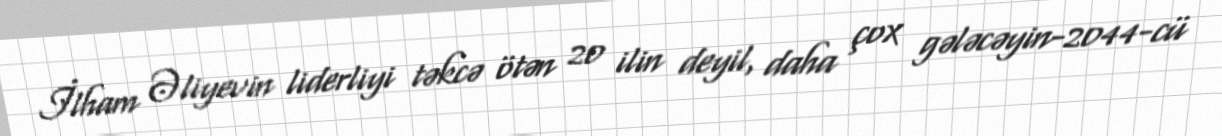
İlham Əliyevin liderliyi təkcə ötən 20 ilin deyil, daha çox gələcəyin-2044-cü